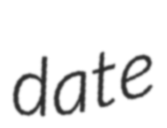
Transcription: date